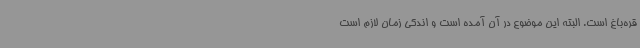
قره‌باغ است. البته این موضوع در آن آمده است و اندکی زمان لازم است